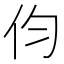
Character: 伨